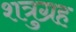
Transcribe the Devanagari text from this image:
शत्रुग्रह